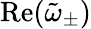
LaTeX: \textrm{Re}(\tilde{\omega}_{\pm})